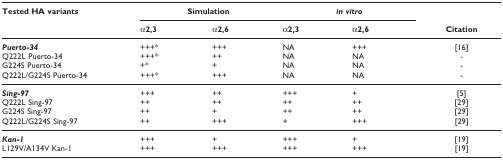
| Tested HA variants | <COLSPAN=2> Simulation | <COLSPAN=2> in vitro |  |
 |  | α2,3 | α2,6 | α2,3 | α2,6 | Citation |
 | --- | --- | --- | --- | --- | --- |
 | Puerto-34 | +++* | +++ | NA | +++ | [16] |
 | Q222L Puerto-34 | +++* | ++ | NA | NA | - |
 | G224S Puerto-34 | +* | + | NA | NA | - |
 | Q222L/G224S Puerto-34 | +++* | +++ | NA | NA | - |
 | Sing-97 | +++ | ++ | +++ | + | [5] |
 | Q222L Sing-97 | ++ | ++ | ++ | ++ | [29] |
 | G224S Sing-97 | ++ | + | ++ | ++ | [29] |
 | Q222L/G224S Sing-97 | ++ | +++ | + | +++ | [29] |
 | Kan-1 | +++ | + | +++ | + | [19] |
 | L129V/A134V Kan-1 | +++ | +++ | +++ | +++ | [19] |